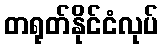
တရုတ်နိုင်ငံလုပ်